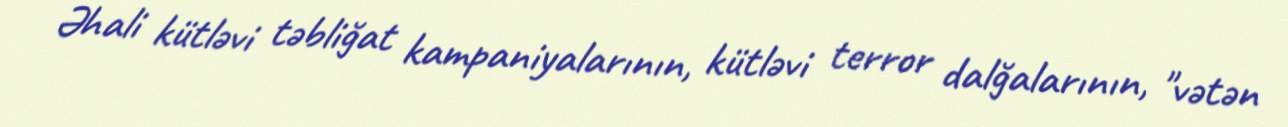
Əhali kütləvi təbliğat kampaniyalarının, kütləvi terror dalğalarının, "vətən